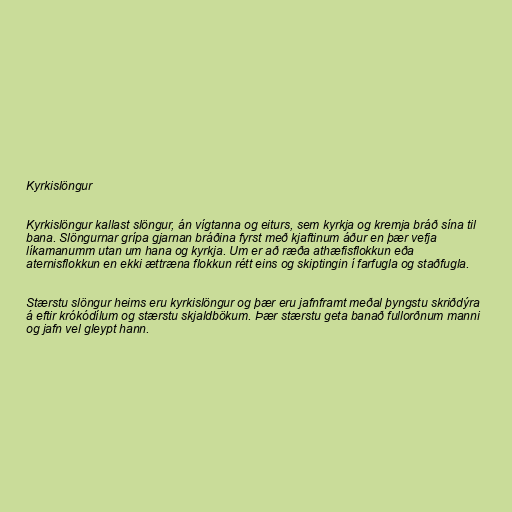
Kyrkislöngur

Kyrk­islöng­ur kallast slöngur, án vígtanna og eiturs, sem kyrkja og kremja bráð sína til
bana. Slöngurnar grípa gjarnan bráðina fyrst með kjaftinum áður en þær vefja
líkamanumm utan um hana og kyrkja. Um er að ræða athæfisflokkun eða
aternisflokkun en ekki ættræna flokkun rétt eins og skiptingin í farfugla og staðfugla.

Stærstu slöngur heims eru kyrkislöngur og þær eru jafnframt meðal þyngstu skriðdýra
á eftir krókódílum og stærstu skjaldbökum. Þær stærstu geta banað fullorðnum manni
og jafn vel gleypt hann.